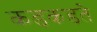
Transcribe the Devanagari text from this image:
कडकडते